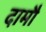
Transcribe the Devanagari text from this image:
दामौ